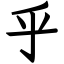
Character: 乎